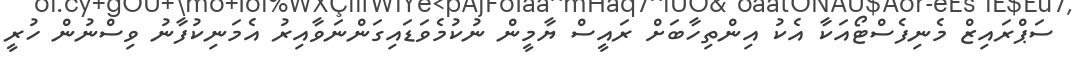
ސަޕްރައިޒް މެނިފެސްޓޯއަކާ އެކު އިންތިހާބަށް ރައީސް ޔާމީން ނުކުމެވަޑައިގަންނަވާއިރު އެމަނިކުފާނު ވިސްނުން ހުރީ